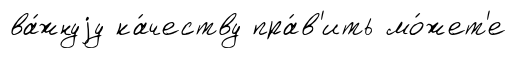
ва́жнуjу ка́честву пра́в'ить мо́жет'е